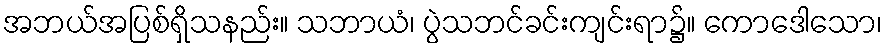
အဘယ်အပြစ်ရှိသနည်း။ သဘာယံ၊ ပွဲသဘင်ခင်းကျင်းရာ၌။ ကောဒေါသော၊